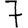
Digit: 7